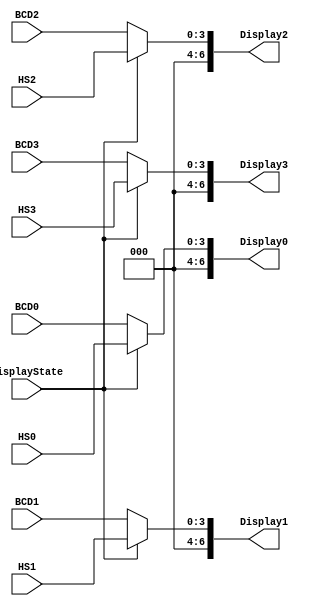
//Gabriel Altman
//ECEN2350 Digital Logic
//April, 2018

module display_MUX(displayState, BCD3, BCD2, BCD1, BCD0, HS3, HS2, HS1, HS0, Display3, Display2, Display1, Display0);

input displayState;
input  [3:0]BCD0;
input  [3:0]BCD1;
input  [3:0]BCD2;
input  [3:0]BCD3;
input  [3:0]HS0;
input  [3:0]HS1;
input  [3:0]HS2;
input  [3:0]HS3;

output reg[6:0]Display0;
output reg[6:0]Display1;
output reg[6:0]Display2;
output reg[6:0]Display3;

always@(displayState)begin
	if(displayState == 1'b0)begin
		Display3 = BCD3;
		Display2 = BCD2;
		Display1 = BCD1;
		Display0 = BCD0;
		end
	else if(displayState == 1'b1)begin
		Display3 = HS3;
		Display2 = HS2;
		Display1 = HS1;
		Display0 = HS0;
		end
	else begin	
		Display3 = BCD3;
		Display2 = BCD2;
		Display1 = BCD1;
		Display0 = BCD0;
		end
end
endmodule